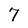
Character: 7